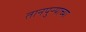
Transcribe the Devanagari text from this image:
तानपुऱ्याच्या